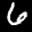
Label: 6